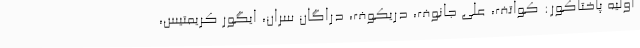
اولیه پاختاکور: کواتف، علی جانوف، دریکوف، دراگان سران، ایگور کریمتیس،